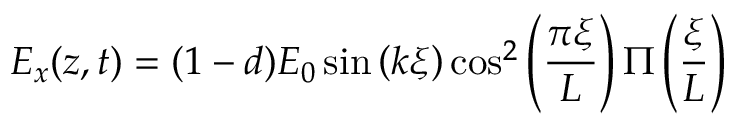
E _ { x } ( z , t ) = ( 1 - d ) E _ { 0 } \sin \left( k \xi \right) \cos ^ { 2 } \left( \frac { \pi \xi } { L } \right) \Pi \left( \frac { \xi } { L } \right)